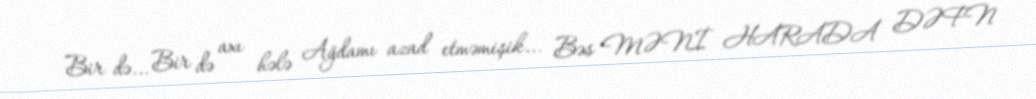
Bir də... Bir də axı hələ Ağdamı azad etməmişik... Bəs MƏNİ HARADA DƏFN